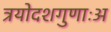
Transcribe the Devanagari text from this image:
त्रयोदशगुणाःअ